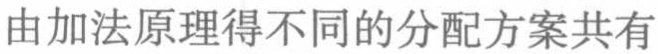
由加法原理得不同的分配方案共有